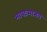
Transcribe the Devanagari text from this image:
भाषाःमानव